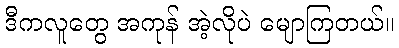
ဒီကလူတွေ အကုန် အဲ့လိုပဲ မျောကြတယ်။